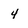
Character: 4